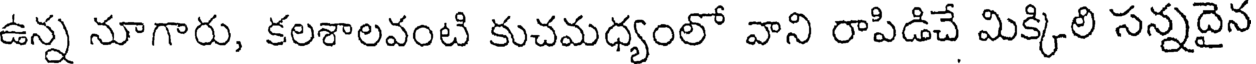
ఉన్న నూగారు, కలశాలవంటి కుచమధ్యంలో వాని రాపిడిచే మిక్కిలి సన్నదైన